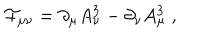
{ \cal F } _ { \mu \nu } = \partial _ { \mu } A _ { \nu } ^ { 3 } - \partial _ { \nu } A _ { \mu } ^ { 3 } \ ,